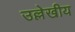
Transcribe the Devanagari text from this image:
उल्लेखीय